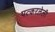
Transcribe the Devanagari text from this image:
पत्करलेली